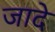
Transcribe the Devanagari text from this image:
जादे